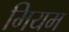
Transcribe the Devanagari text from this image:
मियम